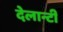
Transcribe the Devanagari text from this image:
देलान्टी